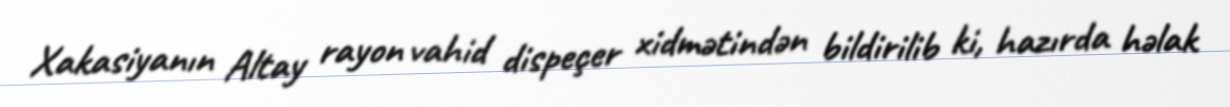
Xakasiyanın Altay rayon vahid dispeçer xidmətindən bildirilib ki, hazırda həlak